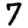
Digit: 7